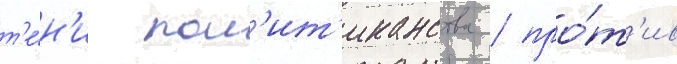
т'е́н'и пол'ит'иканства / про́т'ив